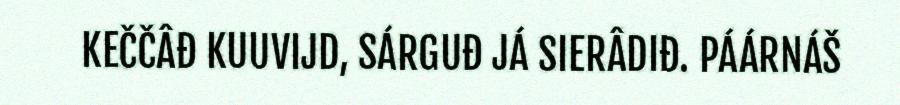
KEČČÂĐ KUUVIJD, SÁRGUĐ JÁ SIERÂDIĐ. PÁÁRNÁŠ